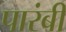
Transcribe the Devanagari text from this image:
पारंबी